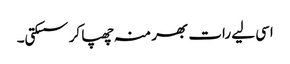
اسی لیے رات بھر منہ چھپا کر سسکتی۔